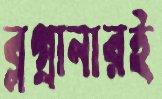
ব্লগ্রানারই